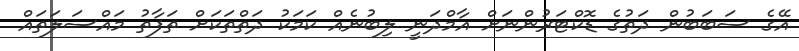
އޭގެ ސަބަބުން ދަތުގެ ޑޮކްޓަރުންނަށް އާމްދަނީ ލިބުނެއް ކަމަކު ދަތްތަކަށް ތަފާތު މައްސަލަތައް